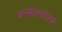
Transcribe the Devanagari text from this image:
कन्सोलामेंटम